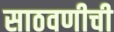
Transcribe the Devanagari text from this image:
साठवणीची